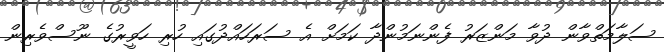
ސަލާމަތްވާން ދުވާ މަންޒަރު ފެންނަމުންދާ ކަމަށް އެ ސަރަހައްދުގައި ހުރި ހަވީރުގެ ނޫސްވެރިން